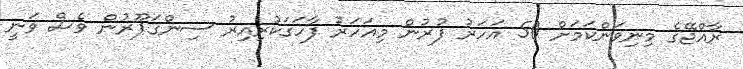
ރާއްޖޭގެ މިނިވަންކަމަށް 50 އަހަރު ފުރުން މިއަހަރު ފާހަގަކުރިއިރު ސިންގަޕޫރުން ވެސް ވަނީ